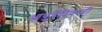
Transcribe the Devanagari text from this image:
आयुर्वेदिकची